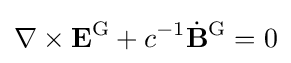
\nabla \times \mathbf {E} ^{\text{G}}+c^{-1}{\dot {\mathbf {B} }}^{\text{G}}=0